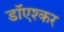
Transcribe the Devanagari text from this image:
डाॅएश्कर